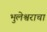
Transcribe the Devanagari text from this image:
भुलेश्वराचा